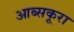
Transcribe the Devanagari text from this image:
आब्सकूरा